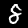
Digit: 8